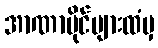
အာဏာပိုင်များထံမှ